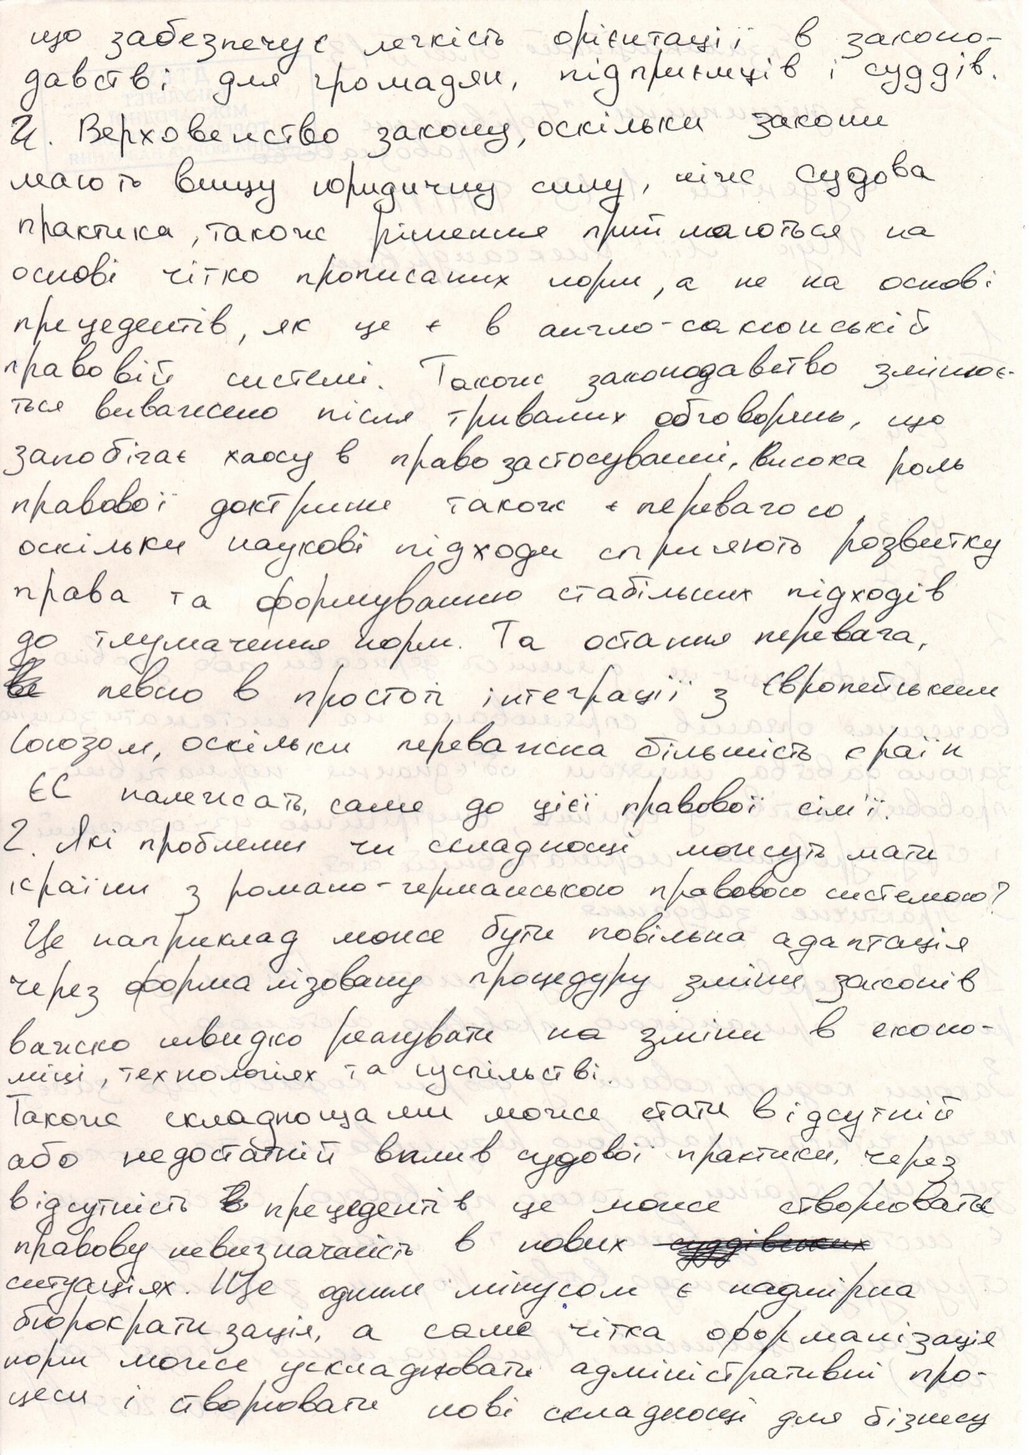
що забезпечує легкість орієнтації в законо-
давстві для громадян, підприємців і суддів
4. Верховенство закону, оскільки закони
мають вищу юридичну силу, ніж судова
практика, також рішення приймаються на
основі чітко прописаних норм, а не на основі
прецедентів, як це є в англо-саксонській
правовій системі. Також законодавство змінює-
ться виважено після тривалих обговорень, що
запобігає хаосу в правозастосуванні, висока роль
правової доктрини також є перевагою
оскільки наукові підходи сприяють розвитку
права та формуванню стабільних підходів
до тлумачення норм. Та остання перевага,
~~ве~~ певно в простої інтеграції з Європейським
Союзом, оскільки переважна більшість країн
ЄС належать, саме до цієї правової сім'ї.
2. Які проблеми чи складнощі можуть мати
країни з романо-германською правовою системою?
Це наприклад може бути повільна адаптація
через форма лізовану процедуру зміни законів
важко швидко реагувати на зміни в еконо-
міці, технологіях та суспільстві
Також складнощами може стати відсутній
або недостатній вплив судової практики, через
відсутність ~~в~~ прецедентів це може створювати
правову невизначеність в нових ~~суддівських~~
ситуаціях.Ще одним мінусом є надмірна
бюрократизація, а саме чітка формалізація
норм може ускладнювати адміністративні про-
цеси і створювати нові складнощі для бізнесу